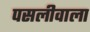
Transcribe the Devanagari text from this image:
पसलीवाला